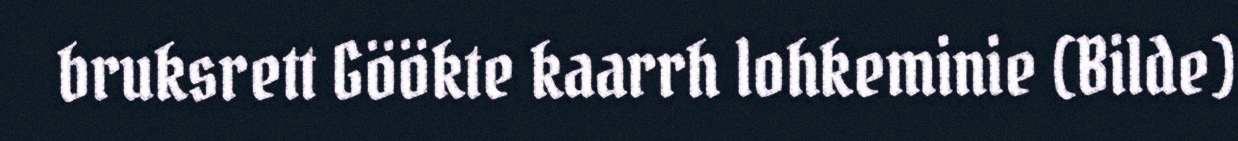
bruksrett Göökte kaarrh lohkeminie (Bilde)